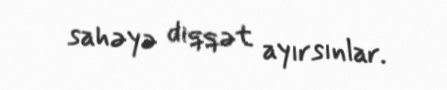
sahəyə diqqət ayırsınlar.